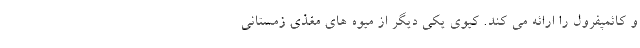
و کائمپفرول را ارائه می کند. کیوی یکی دیگر از میوه های مغذی زمستانی